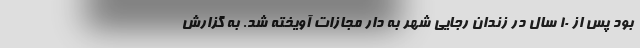
بود پس از ۱۰ سال در زندان رجایی شهر به دار مجازات آویخته شد. به گزارش